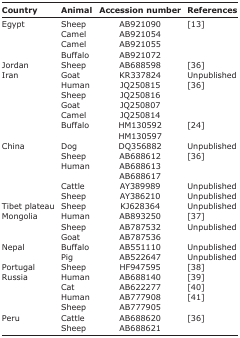
<table><thead><tr><td><b>Country</b></td><td><b>Animal</b></td><td><b>Accession number</b></td><td><b>References</b></td></tr></thead><tbody><tr><td>Egypt</td><td>Sheep</td><td>AB921090</td><td>[13]</td></tr><tr><td></td><td>Camel</td><td>AB921054</td><td></td></tr><tr><td></td><td>Camel</td><td>AB921055</td><td></td></tr><tr><td></td><td>Buffalo</td><td>AB921072</td><td></td></tr><tr><td>Jordan</td><td>Sheep</td><td>AB688598</td><td>[36]</td></tr><tr><td>Iran</td><td>Goat</td><td>KR337824</td><td>Unpublished</td></tr><tr><td></td><td>Human</td><td>JQ250815</td><td>[36]</td></tr><tr><td></td><td>Sheep</td><td>JQ250816</td><td></td></tr><tr><td></td><td>Goat</td><td>JQ250807</td><td></td></tr><tr><td></td><td>Camel</td><td>JQ250814</td><td></td></tr><tr><td></td><td rowspan="2">Buffalo</td><td>HM130592</td><td>[24]</td></tr><tr><td></td><td>HM130597</td><td></td></tr><tr><td>China</td><td>Dog</td><td>DQ356882</td><td>Unpublished</td></tr><tr><td></td><td>Sheep</td><td>AB688612</td><td>[36]</td></tr><tr><td></td><td rowspan="2">Human</td><td>AB688613</td><td></td></tr><tr><td></td><td>AB688617</td><td></td></tr><tr><td></td><td>Cattle</td><td>AY389989</td><td>Unpublished</td></tr><tr><td></td><td>Sheep</td><td>AY386210</td><td>Unpublished</td></tr><tr><td>Tibet plateau</td><td>Sheep</td><td>KJ628364</td><td>Unpublished</td></tr><tr><td>Mongolia</td><td>Human</td><td>AB893250</td><td>[37]</td></tr><tr><td></td><td>Sheep</td><td>AB787532</td><td>Unpublished</td></tr><tr><td></td><td>Goat</td><td>AB787536</td><td></td></tr><tr><td>Nepal</td><td>Buffalo</td><td>AB551110</td><td>Unpublished</td></tr><tr><td></td><td>Pig</td><td>AB522647</td><td>Unpublished</td></tr><tr><td>Portugal</td><td>Sheep</td><td>HF947595</td><td>[38]</td></tr><tr><td>Russia</td><td>Human</td><td>AB688140</td><td>[39]</td></tr><tr><td></td><td>Cat</td><td>AB622277</td><td>[40]</td></tr><tr><td></td><td>Human</td><td>AB777908</td><td>[41]</td></tr><tr><td></td><td>Sheep</td><td>AB777905</td><td></td></tr><tr><td>Peru</td><td>Cattle</td><td>AB688620</td><td>[36]</td></tr><tr><td></td><td>Sheep</td><td>AB688621</td><td></td></tr></tbody></table>